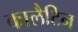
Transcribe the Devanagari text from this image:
कालैटिन